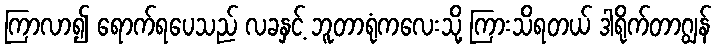
ကြာလာ၍ ရောက်ရပေသည် လခနှင့် ဘူတာရုံကလေးသို့ ကြားသိရတယ် ဒါရိုက်တာဂျွန်